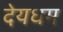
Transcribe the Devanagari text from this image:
देयधम